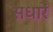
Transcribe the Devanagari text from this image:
सधारें